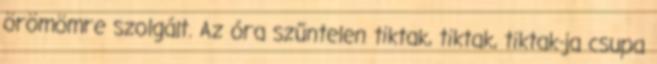
örömömre szolgált. Az óra szűntelen tiktak, tiktak, tiktak-ja csupa